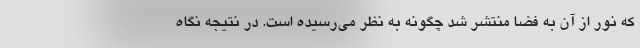
که نور از آن به فضا منتشر شد چگونه به نظر می‌رسیده است. در نتیجه نگاه